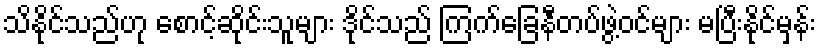
သိနိုင်သည်ဟု စောင့်ဆိုင်းသူများ ဒိုင်သည် ကြက်ခြေနီတပ်ဖွဲ့ဝင်များ မပြီးနိုင်မှန်း